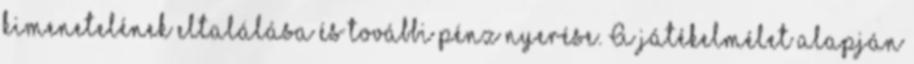
kimenetelének eltalálása és további pénz nyerése. A játékelmélet alapján